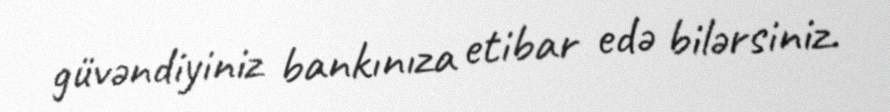
güvəndiyiniz bankınıza etibar edə bilərsiniz.